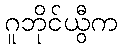
ဂူဘိုင်ယွီက